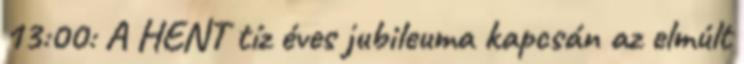
13:00: A HENT tíz éves jubileuma kapcsán az elmúlt